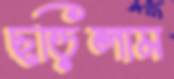
ছড়িলাম